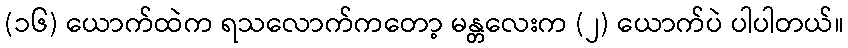
(၁၆) ယောက်ထဲက ရသလောက်ကတော့ မန္တလေးက (၂) ယောက်ပဲ ပါပါတယ်။